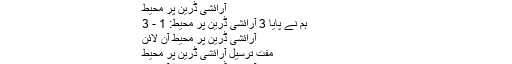
خریدیں آرائشی ڈرین پر محیط دبائيں آن لائن + مفت شپنگ
آرائشی ڈرین پر محیط
ہم نے پایا 3 آرائشی ڈرین پر محیط: 1 - 3
آرائشی ڈرین پر محیط آن لائن
مفت ترسیل آرائشی ڈرین پر محیط
خریدیں آرائشی ڈرین پر محیط آن لائن